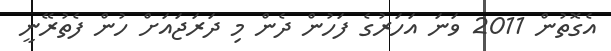
އެގޮތުން 2011 ވަނަ އަހަރުގެ ފަހުން ދެން މި ދަރަޖައަށް ހުން ފެތުރޭނީ